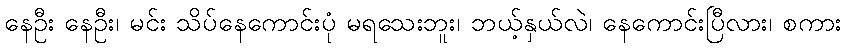
နေဦး နေဦး၊ မင်း သိပ်နေကောင်းပုံ မရသေးဘူး၊ ဘယ့်နှယ်လဲ၊ နေကောင်းပြီလား၊ စကား